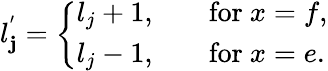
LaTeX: l_{\mathbf{j}}^{'}=\left\{ \begin{array}{ll}{{l_{j}+1,}}&{{\quad\mathrm{for}\ x=f,}}\\ {{l_{j}-1,}}&{{\quad\mathrm{for}\ x=e.}}\end{array}\right.